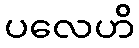
ပလေဟိ